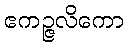
ဧကဉ္ဇလိကော